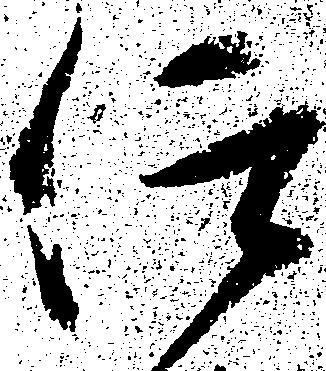
仰